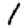
Digit: 1